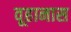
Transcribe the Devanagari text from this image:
वूहानास